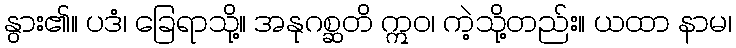
နွား၏။ ပဒံ၊ ခြေရာသို့။ အနုဂစ္ဆတိ ဣဝ၊ ကဲ့သို့တည်း။ ယထာ နာမ၊